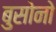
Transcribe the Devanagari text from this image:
बुसोनो